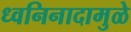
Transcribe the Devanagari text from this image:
ध्वनिनादामुळे